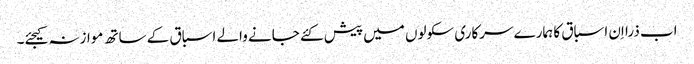
اب ذرا اِن اسباق کا ہمارے سرکاری سکولوں میں پیش کئے جانے والے اسباق کے ساتھ موازنہ کیجئے۔